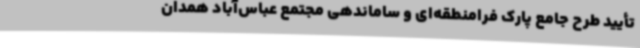
تأیید طرح جامع پارک فرامنطقه‌ای و ساماندهی مجتمع عباس‌آباد همدان